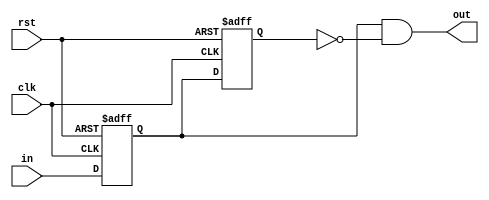

// time scale
`timescale 1ns/1ps

// no undeclared nets
//`default_nettype none

module DigitalCore_PulseGenerator(
        
        //---------------------------------------------------------------------------
        //  ports
        //---------------------------------------------------------------------------
        rst,
        clk,
        in,
        out
        //---------------------------------------------------------------------------        

    );
    parameter PulseLength = 1;
    localparam FlopChainLength = PulseLength + 1;

    //-----------------------------------------------------------------------------------
    //   I/O Wires
    //-----------------------------------------------------------------------------------
    input wire                                  rst;
    input wire                                  clk;
    input wire                                  in;
    output wire                                 out;

	
    //-----------------------------------------------------------------------------------
    //  Genvars
    //-----------------------------------------------------------------------------------
    genvar i;
    //-----------------------------------------------------------------------------------
	
    //-----------------------------------------------------------------------------------
    //   Wires
    //-----------------------------------------------------------------------------------
    reg [FlopChainLength-1:0] in_delayed;

    //-----------------------------------------------------------------------------------

    //-----------------------------------------------------------------------------------
    //   Assigns
    //-----------------------------------------------------------------------------------
    assign out = in_delayed[0] & ~in_delayed[FlopChainLength-1];

    //-----------------------------------------------------------------------------------

    //-----------------------------------------------------------------------------------
    //    Input Flop
    //-----------------------------------------------------------------------------------
    always @(posedge clk or posedge rst) begin
        if (rst) begin
            in_delayed[0] <= 1'b0;
        end else begin
            in_delayed[0] <= in;
        end
    end
    
    //-----------------------------------------------------------------------------------
    //    Flop Chain
    //-----------------------------------------------------------------------------------
    generate for (i = 1; i < FlopChainLength; i = i + 1) begin: pulse_gen_flops
        always @(posedge clk or posedge rst) begin
            if (rst) begin 
                in_delayed[i] <= 1'b0;
            end else begin
                in_delayed[i] <= in_delayed[i-1];
            end
        end
    end endgenerate
    
    


endmodule